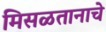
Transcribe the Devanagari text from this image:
मिसळतानाचे